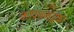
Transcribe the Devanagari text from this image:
कापाब्लइंका